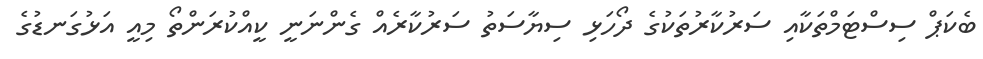
ބެކަޕް ސިސްޓަމްތަކާއި ސަރުކާރުތަކުގެ ދޯހަޅި ސިޔާސަތު ސަރުކާރެއް ގެންނަނީ ކީއްކުރަންތޯ މިއީ އަޅުގަނޑުގެ